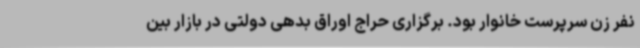
نفر زن سرپرست خانوار بود. برگزاری حراج اوراق بدهی دولتی در بازار بین‌